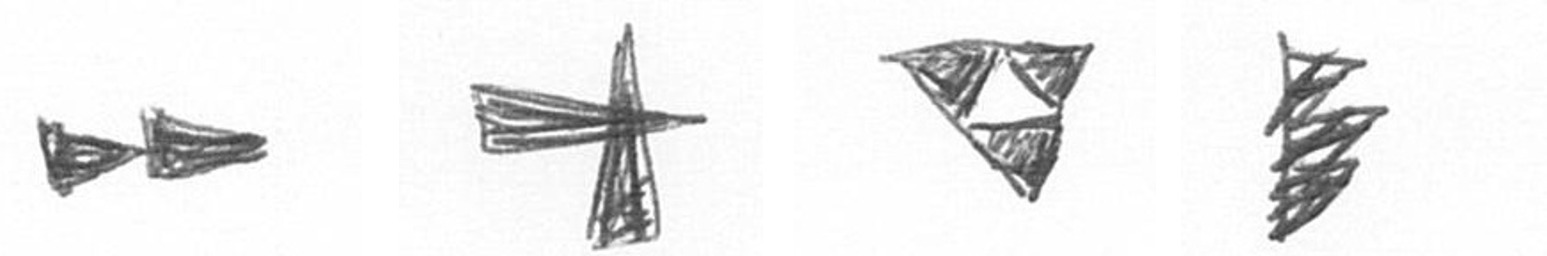
A G S H